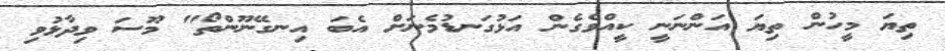
ތިޔަ މީހުން ތިޔަ އަންނަނީ ކީއްވެގެން އަޅުގަނޑުމެނަށް އެބަ އިނގޭނޫންތޯ" މޫސަ ވިދާޅުވި